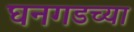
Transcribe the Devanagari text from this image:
घनगडच्या